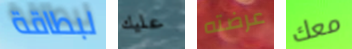
لبطاقة عليك عرضته معك